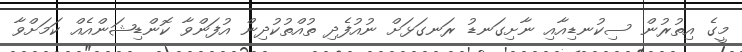
މީގެ އިތުރުން ސިކުނޑިއާއި ނާށިގަނޑު ރަނގަޅަށް ނުއުފެދި ތުއްތުކުދިން އުފަންވާ ކޮންޑިޝަންއެއް ކަމަށްވާ